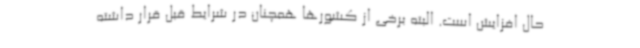
حال افزایش است. البته برخی از کشورها همچنان در شرایط قبل قرار داشته